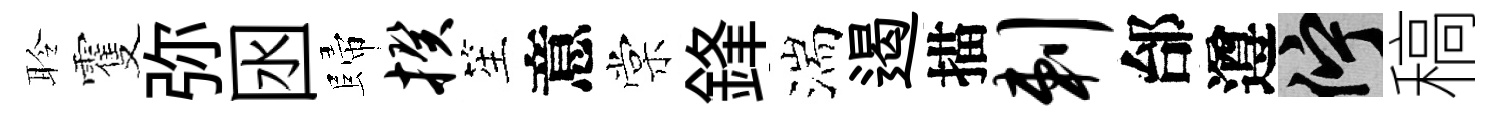
聆䨥弥囦歸揆笙意棠鋒湍遏描剌邰遵伫稿